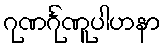
ဂုဏင်္ဂုဏူပါဟနာ